Vaccination Hyderabad 1890-1903 - 1890-1903
Year: 1890
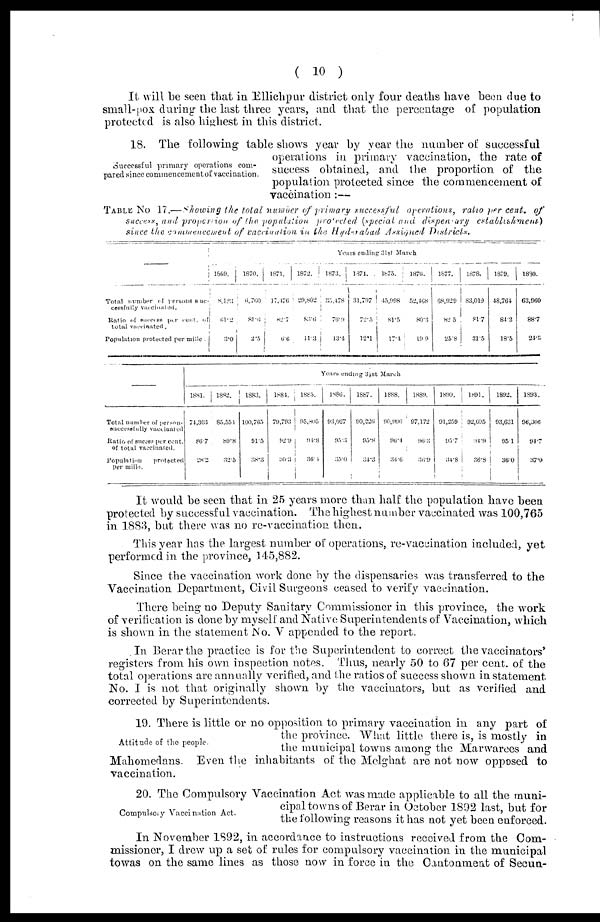
( 10 )
It will be seen that in Ellichpur district only four deaths have been due to
small-pox during the last three years, and that the percentage of population
protected is also highest in this district.
Successful primary operations com-
pared since commencement of vaccination.
18. The following table shows year by year the number of successful
operations in primary vaccination, the rate of
success obtained, and the proportion of the
population protected since the commencement of
vaccination:—
TABLE No 17.— Showing the total number of primary successful
operations, ratio per cent. of
success, and proportion of the population
protected (special, and dispensary
establishment)
since the commencement of vaccination in the Hyderabad Ansigned
Districts.
Total number of persons suc¬
ceesfully vacinated.
Ratio of success per rent. of
total vaccinated.
Population protected per mille.
Years ending 31st March
1869
8,123
61.2
3.0
1870.
6,760
81.6
2.5
1871.
17,476
82.7
6.6
1872.
26,802
83.6
11.3
1873.
35,478
76.9
13.4
1874.
31,797
72.5
12.1
1875.
45,998
81.5
17.4
1876.
52,468
80.3
19.9
1877.
68,929
82.5
25.8
1878.
83,019
81.7
31.5
1879.
48,764
84.2
18.5
1880.
63,960
88.7
24.3
Total number of persons
successfully vaccinated
Ratio of success per cent.
of total vaccinated.
Population
protected
per mille.
Years ending 31st March
1881.
74,303
86.7
28.2
1882.
85,554
89.8
32.5
1883.
100,765
91.5
38.3
1884.
79,793
92.9
30.3
1885.
95,305
94.8
36.4
1886.
93,027
95.3
35.0
1887.
90,226
95.8
34.3
1888.
90,996
96.4
34.6
1889.
97,172
96.3
36.9
1890.
91,259
95.7
34.8
1891.
92,695
94.9
36.8
1892.
93,631
95.1
36.0
1893.
96,306
94.7
37.0
It would be seen that in 25 years more than half the population have been
protected by successful vaccination. The highest number vaccinated was 100,765
in 1883, but there was no re-vaccination then.
This year has the largest number of operations, re-vaccination included, yet
performed in the province, 145,882.
Since the vaccination work done by the dispensaries was transferred to the
Vaccination Department, Civil Surgeons ceased to verify vaccination.
There being no Deputy Sanitary Commissioner in this province, the work
of verification is done by myself and Native Superintendents of Vaccination, which
is shown in the statement No. V appended to the report.
In Berar the practice is for the Superintendent to correct the vaccinators'
registers from his own inspection notes. Thus, nearly 50 to 67 per cent. of the
total operations are annually verified, and the ratios of success shown in statement
No. I is not that originally shown by the vaccinators, but as verified and
corrected by Superintendents.
Attitude of the people.
19. There is little or no opposition to primary vaccination in any part of
the province. What little there is, is mostly in
the municipal towns among the Marwarees and
Mahomedans. Even the inhabitants of the Melghat are not now opposed to
vaccination.
Compulsory Vaccination Act.
20. The Compulsory Vaccination Act was made applicable to all the muni-
cipal towns of Berar in October 1892 last, but for
the following reasons it has not yet been enforced.
In November 1892, in accordance to instructions received from the Com-
missioner, I drew up a set of rules for compulsory vaccination in the municipal
to was on the same lines as those now in force in the Cantonment of Secun-